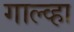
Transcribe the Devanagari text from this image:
गाल्व्हा